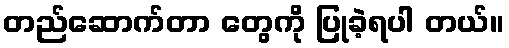
တည်ဆောက်တာ တွေကို ပြုခဲ့ရပါ တယ်။